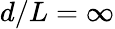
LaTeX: d/L=\infty